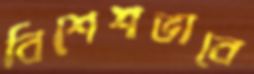
বিশেশভাবে